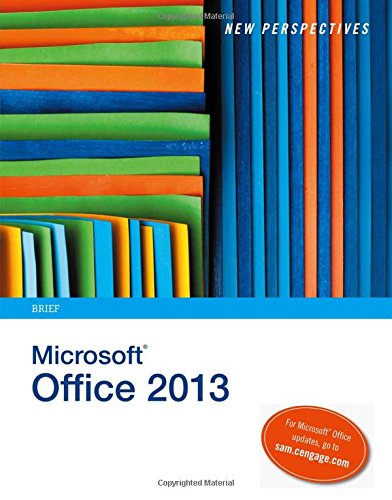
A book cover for New Perspectives on Microsoft Office 2013: Brief; Ann Shaffer; Computers & Technology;